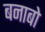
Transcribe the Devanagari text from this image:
बनाबो